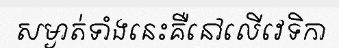
សម្ងាត់ទាំងនេះគឺនៅលើវេទិកា